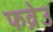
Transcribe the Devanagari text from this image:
फव्रेउ